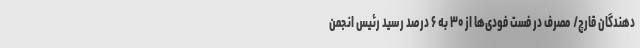
دهندگان قارچ/ مصرف در فست فودی‌ها از ۳۰ به ۶ درصد رسید رئیس انجمن